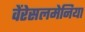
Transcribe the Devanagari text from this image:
वेंरेसलमेनिया